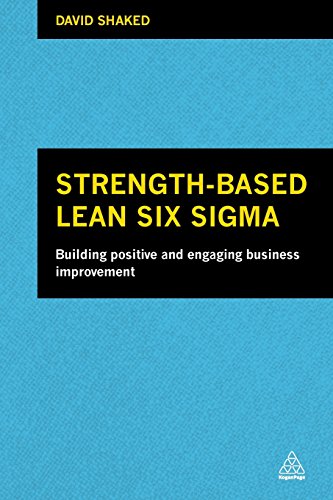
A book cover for Strength-Based Lean Six Sigma: Building Positive and Engaging Business Improvement; David Shaked; Business & Money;